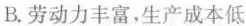
B.劳动力丰富，生产成本低